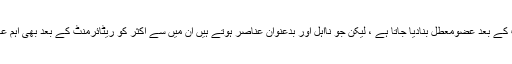
مزید افسوس کی بات یہ ہے کہ باصلاحیت لوگوں کو تو ریٹائرمنٹ کے بعد عضومعطل بنادیا جاتا ہے ، لیکن جو نااہل اور بدعنوان عناصر ہوتے ہیں ان میں سے اکثر کو ریٹائرمنٹ کے بعد بھی اہم عہدوں پر فائز کرکے مزید تباہی پھیلانے کا موقع فراہم کیا جاتا ہے۔